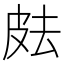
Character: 𰤟